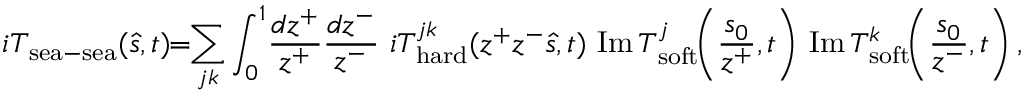
i T _ { \mathrm { s e a } - \mathrm { s e a } } ( \hat { s } , t ) \! \! = \! \! \sum _ { j k } \int _ { 0 } ^ { 1 } \! \frac { d z ^ { + } } { z ^ { + } } \frac { d z ^ { - } } { z ^ { - } } \, \, i T _ { \mathrm { h a r d } } ^ { j k } ( z ^ { + } z ^ { - } \hat { s } , t ) \, \, \mathrm { I m } \, T _ { \mathrm { s o f t } } ^ { j } \! \! \left( \frac { s _ { 0 } } { z ^ { + } } , t \right) \, \mathrm { I m } \, T _ { \mathrm { s o f t } } ^ { k } \! \! \left( \frac { s _ { 0 } } { z ^ { - } } , t \right) ,